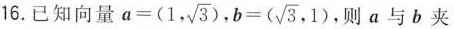
16.已知向量 $$a = ( 1 , \sqrt { 3 } )$$ ， $$b = ( \sqrt { 3 } , 1 )$$ ，则 α 与 b 夹